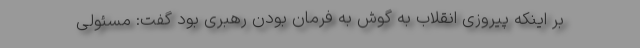
بر اینکه پیروزی انقلاب به گوش به فرمان بودن رهبری بود گفت: مسئولی